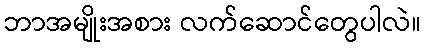
ဘာအမျိုးအစား လက်ဆောင်တွေပါလဲ။